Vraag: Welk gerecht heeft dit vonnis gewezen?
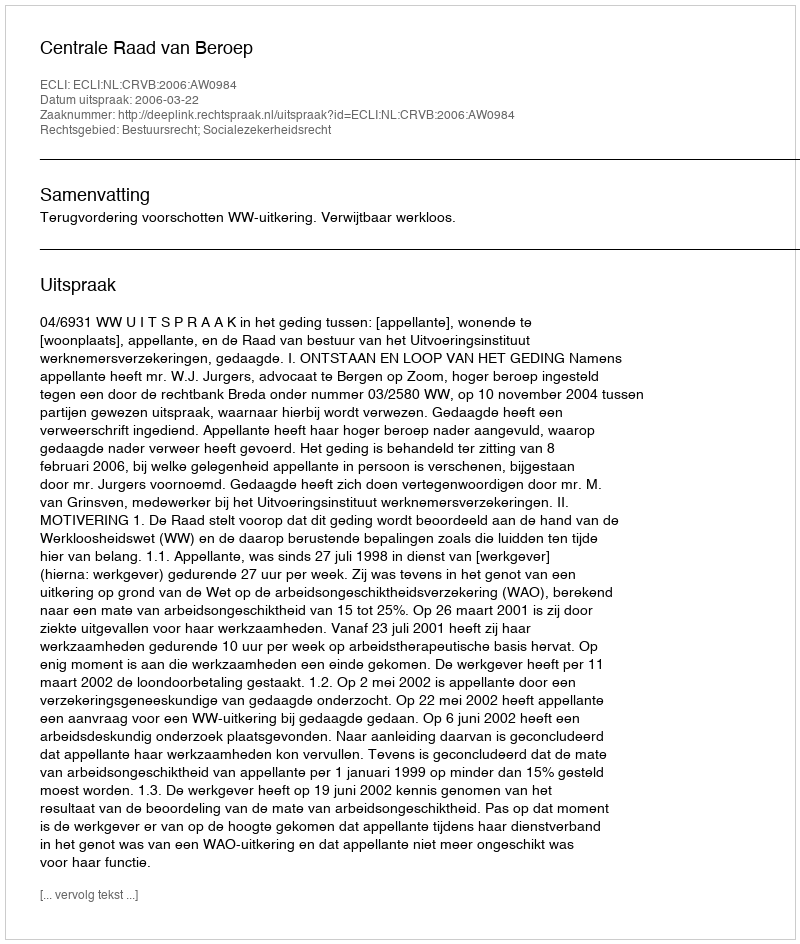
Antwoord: Centrale Raad van Beroep